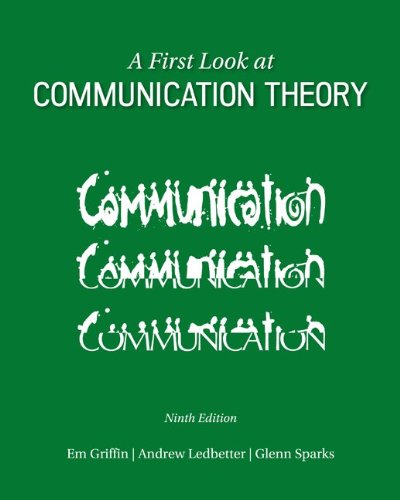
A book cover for A First Look at Communication Theory (Conversations with Communication Theorists); Em Griffin; Politics & Social Sciences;